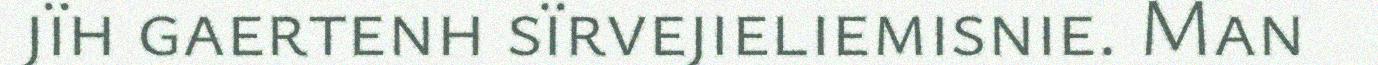
jïh gaertenh sïrvejieliemisnie. Man